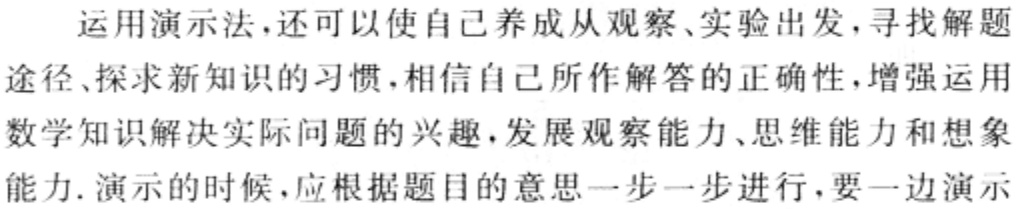
运用演示法,还可以使自己养成从观察、实验出发,寻找解题
途径、探求新知识的习惯,相信自己所作解答的正确性,增强运用
数学知识解决实际问题的兴趣,发展观察能力、思维能力和想象
能力. 演示的时候,应根据题目的意思一步一步进行,要一边演示